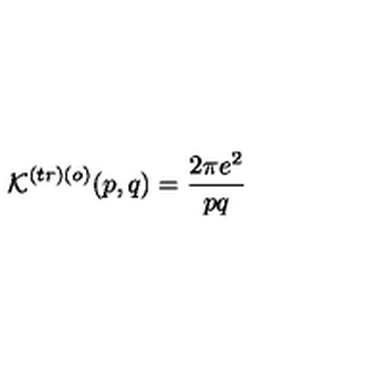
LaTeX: \mathcal { K } ^ { \left( t r \right) \left( o \right) } ( p , q ) = \frac { 2 \pi e ^ { 2 } } { p q }